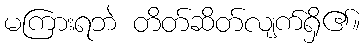
မကြားရဘဲ တိတ်ဆိတ်လျက်ရှိ၏။